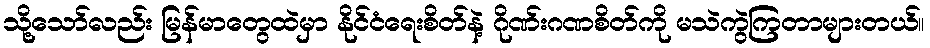
သို့သော်လည်း မြန်မာတွေထဲမှာ နိုင်ငံရေးစိတ်နဲ့ ဂိုဏ်းဂဏစိတ်ကို မသဲကွဲကြတာများတယ်။